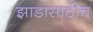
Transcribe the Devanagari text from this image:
झाडांसाठीच